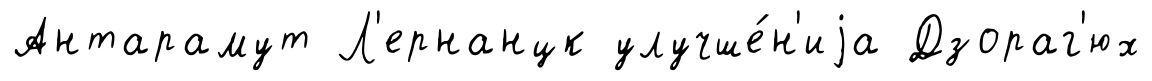
Антарамут Л'ернанцк улучше́н'иjа Дзораг'юх